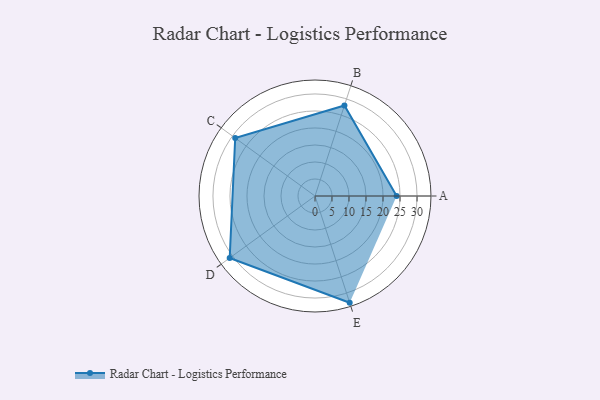
{"axis": {"x": "Skill", "y": "Score"}, "legend": ["Profile"], "data": [{"x": "A", "y": 24.0, "type": "Profile"}, {"x": "B", "y": 28.0, "type": "Profile"}, {"x": "C", "y": 29.0, "type": "Profile"}, {"x": "D", "y": 31.0, "type": "Profile"}, {"x": "E", "y": 33.0, "type": "Profile"}]}